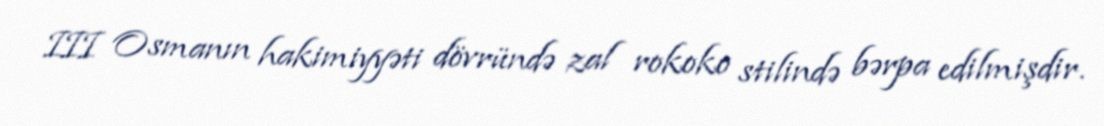
III Osmanın hakimiyyəti dövründə zal rokoko stilində bərpa edilmişdir.